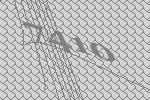
7410